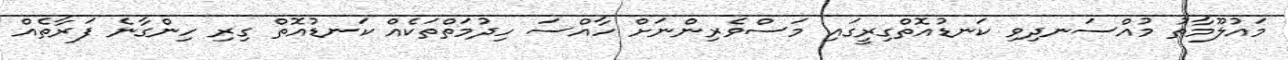
މައުލޫމާތު މުއްސަނދިވި ކަނޑުއޮތްގިރީގައި މަސްވެރިންނަށް ހާއްސަ ހިދުމަތްތަކެއް ކަނޑުއޮތް ގިރި ހިންގާނެ ފަރާތެއް